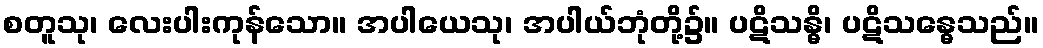
စတူသု၊ လေးပါးကုန်သော။ အပါယေသု၊ အပါယ်ဘုံတို့၌။ ပဋိသန္ဓိ၊ ပဋိသန္ဓေသည်။